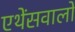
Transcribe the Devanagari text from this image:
एथेंसवालों